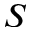
S